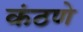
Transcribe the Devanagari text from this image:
कंठणे